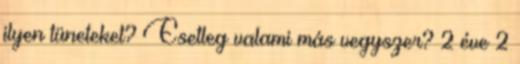
ilyen tüneteket? Esetleg valami más vegyszer? 2 éve 2